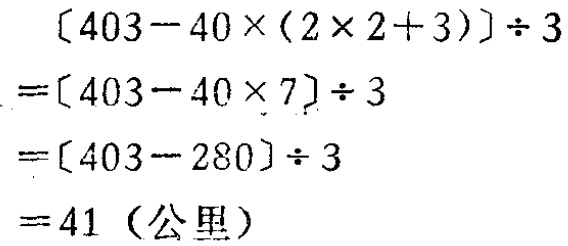
\[

\begin{align*}

&[403 - 40\times(2\times2 + 3)]\div3\\

=&[403 - 40\times7]\div3\\

=&[403 - 280]\div3\\

=&41 (\text{公里})

\end{align*}

\]